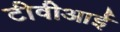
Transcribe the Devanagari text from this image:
टीवीआई